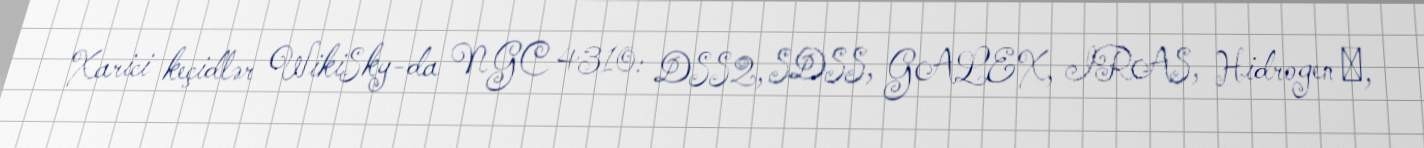
Xarici keçidlər WikiSky-da NGC 4310: DSS2, SDSS, GALEX, IRAS, Hidrogen α,